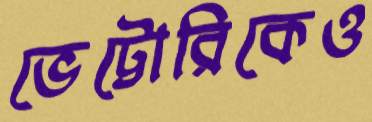
ভেট্টোরিকেও